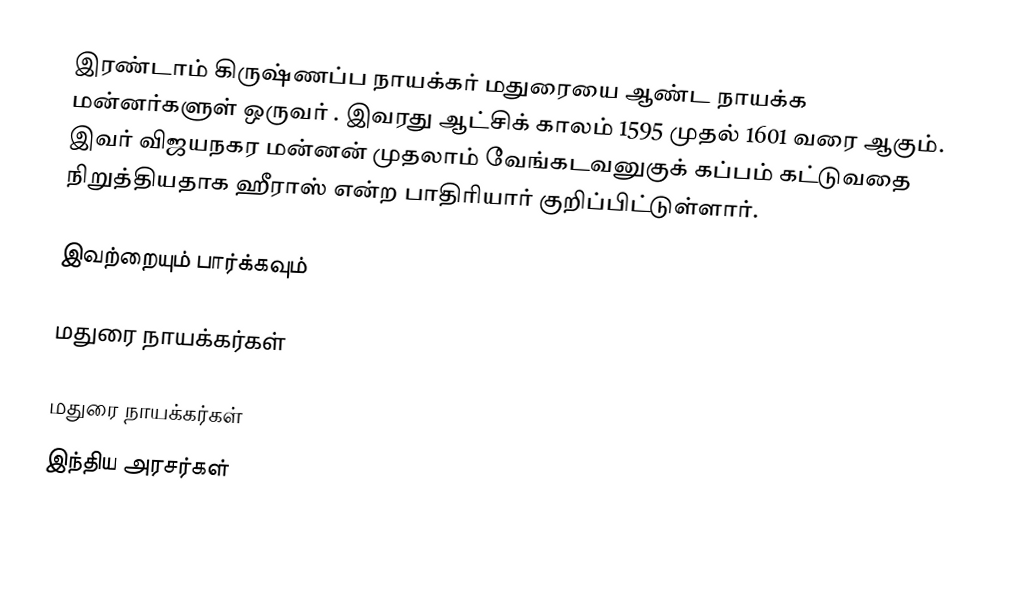
இரண்டாம் கிருஷ்ணப்ப நாயக்கர் மதுரையை ஆண்ட நாயக்க மன்னர்களுள் ஒருவர் . இவரது  ஆட்சிக் காலம் 1595 முதல் 1601 வரை ஆகும். இவர்  விஜயநகர மன்னன் முதலாம் வேங்கடவனுகுக் கப்பம் கட்டுவதை நிறுத்தியதாக ஹீராஸ் என்ற பாதிரியார் குறிப்பிட்டுள்ளார்.

இவற்றையும் பார்க்கவும்

 மதுரை நாயக்கர்கள்

மதுரை நாயக்கர்கள்
 இந்திய அரசர்கள்